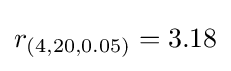
r_{(4,20,0.05)}=3.18